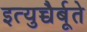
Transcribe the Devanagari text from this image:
इत्युच्चैर्बूते